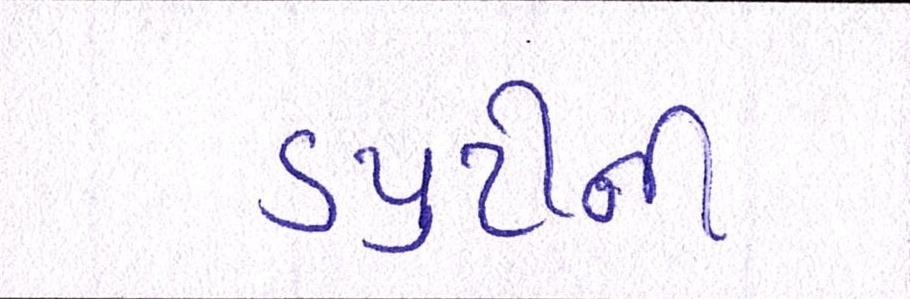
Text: ડયુટીની